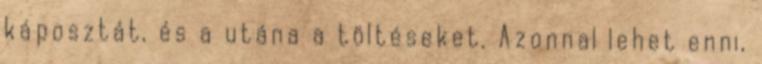
káposztát, és a utána a töltéseket. Azonnal lehet enni,